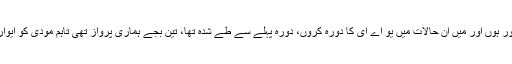
چیئرمین سینیٹ کا کہنا ہے کہ یہ نہیں ہو سکتا کہ میرے کشمیری بہن بھائی محصور ہوں اور میں ان حالات میں یو اے ای کا دورہ کروں، دورہ پہلے سے طے شدہ تھا، تین بجے ہماری پرواز تھی تاہم مودی کو ایوارڈ ملنے کے بعد آج ہی وہاں میرا جانا اور یو اے ای حکام سے ملنا مناسب نہیں تھا۔